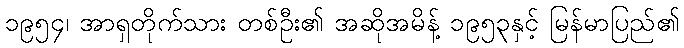
၁၉၅၄၊ အာရှတိုက်သား တစ်ဦး၏ အဆိုအမိန့် ၁၉၅၃နှင့် မြန်မာပြည်၏